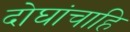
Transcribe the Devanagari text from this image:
दोघांचाहि